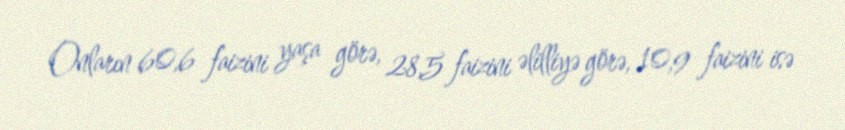
Onların 60,6 faizini yaşa görə, 28,5 faizini əlilliyə görə, 10,9 faizini isə